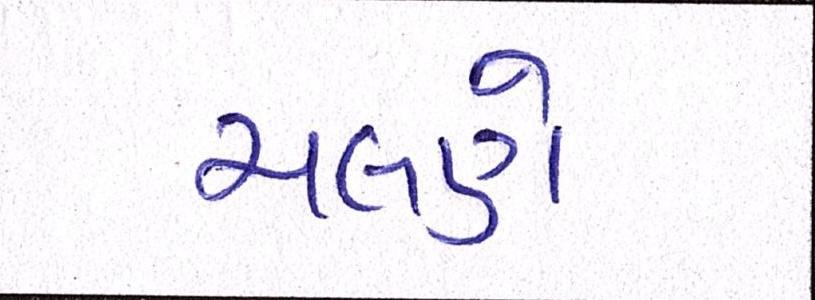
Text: ચલણે